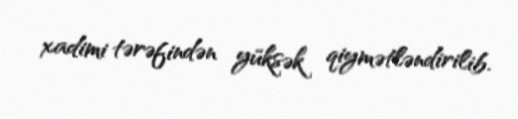
xadimi tərəfindən yüksək qiymətləndirilib.